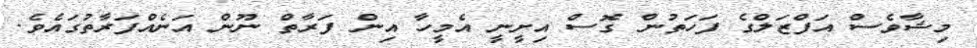
މިޝާވެސް އަފްޒަލްގެ ފަހަތުން ގޮސް އިށީނީ އެމީހާ އިން ފަރާތް ނޫން އަނެއްފަރާތުގައެވެ.